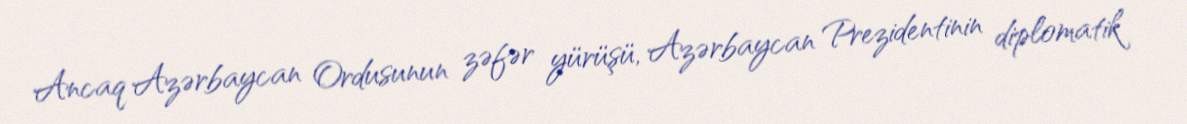
Ancaq Azərbaycan Ordusunun zəfər yürüşü, Azərbaycan Prezidentinin diplomatik